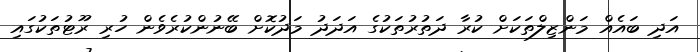
އަދި ބައެއް މަންޒިލްތަކަށް ކުރާ ދަތުރުތަކުގެ އަދަދު މަދުކޮށް ބޭނުންކުރެވެން ހުރި ރޫޓުތަކުގައި